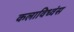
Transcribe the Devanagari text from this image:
कलाविध्वंस